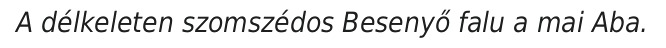
A délkeleten szomszédos Besenyő falu a mai Aba.